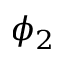
\phi _ { 2 }